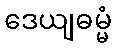
ဒေယျဓမ္မံ